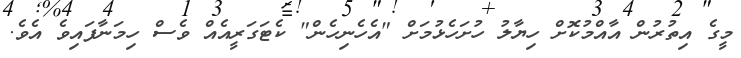
މީގެ އިތުރުން އާއްމުކޮށް ހިޔާލު ހުށަހެޅުމަށް "އެހެނިހެން" ކެޓަގަރީއެއް ވެސް ހިމަނާފައިވެ އެވެ.